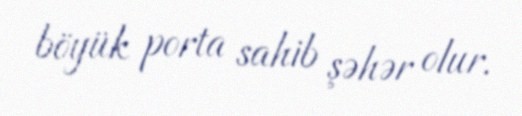
böyük porta sahib şəhər olur.